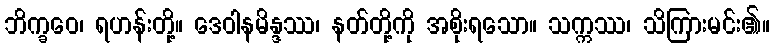
ဘိက္ခဝေ၊ ရဟန်းတို့။ ဒေဝါနမိန္ဒဿ၊ နတ်တို့ကို အစိုးရသော။ သက္ကဿ၊ သိကြားမင်း၏။